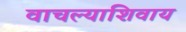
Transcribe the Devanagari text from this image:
वाचल्याशिवाय